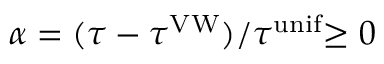
\alpha = ( \tau - \tau ^ { \mathrm { V W } } ) / \tau ^ { \mathrm { u n i f } } { \geq 0 }